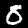
Digit: 8